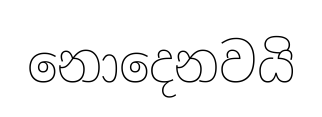
නොදෙනවයි